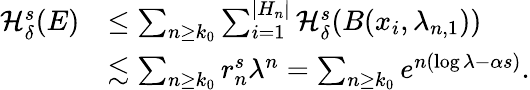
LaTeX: \begin{array}{rl}{\mathcal{H}_{\delta}^{s}(E)}&{\le\sum_{n\ge k_{0}}\sum_{i=1}^{|H_{n}|}\mathcal{H}_{\delta}^{s}(B(x_{i},\lambda_{n,1}))}\\ &{\lesssim\sum_{n\ge k_{0}}r_{n}^{s}\lambda^{n}=\sum_{n\ge k_{0}}e^{n(\log\lambda-\alpha s)}.}\end{array}